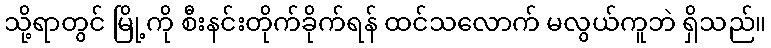
သို့ရာတွင် မြို့ကို စီးနင်းတိုက်ခိုက်ရန် ထင်သလောက် မလွယ်ကူဘဲ ရှိသည်။